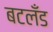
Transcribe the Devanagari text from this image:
बटलँड